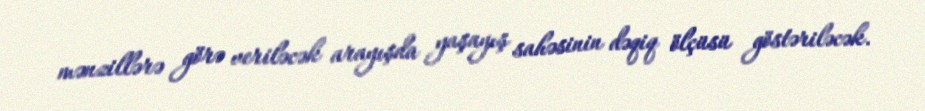
mənzillərə görə veriləcək arayışda yaşayış sahəsinin dəqiq ölçüsü göstəriləcək.